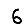
Digit: 6